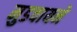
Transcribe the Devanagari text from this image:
मुडवायने